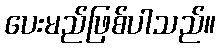
ပေးမည်ဖြစ်ပါသည်။